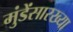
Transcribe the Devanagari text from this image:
मुंडेंसारख्या